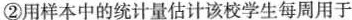
②用样本中的统计量估计该校学生每周用于